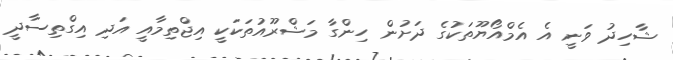
ޝާހިދު ވަނީ އެ އެމްއޯޔޫތަކުގެ ދަށުން ހިންގާ މަޝްރޫއުތަކަކީ އިޖްތިމާއީ އަދި އިގްތިސާދީ